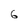
Character: 6